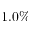
1 . 0 \%